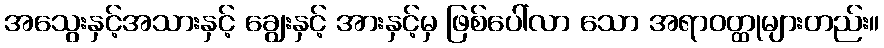
အသွေးနှင့်အသားနှင့် ချွေးနှင့် အားနှင့်မှ ဖြစ်ပေါ်လာ သော အရာဝတ္ထုများတည်း။